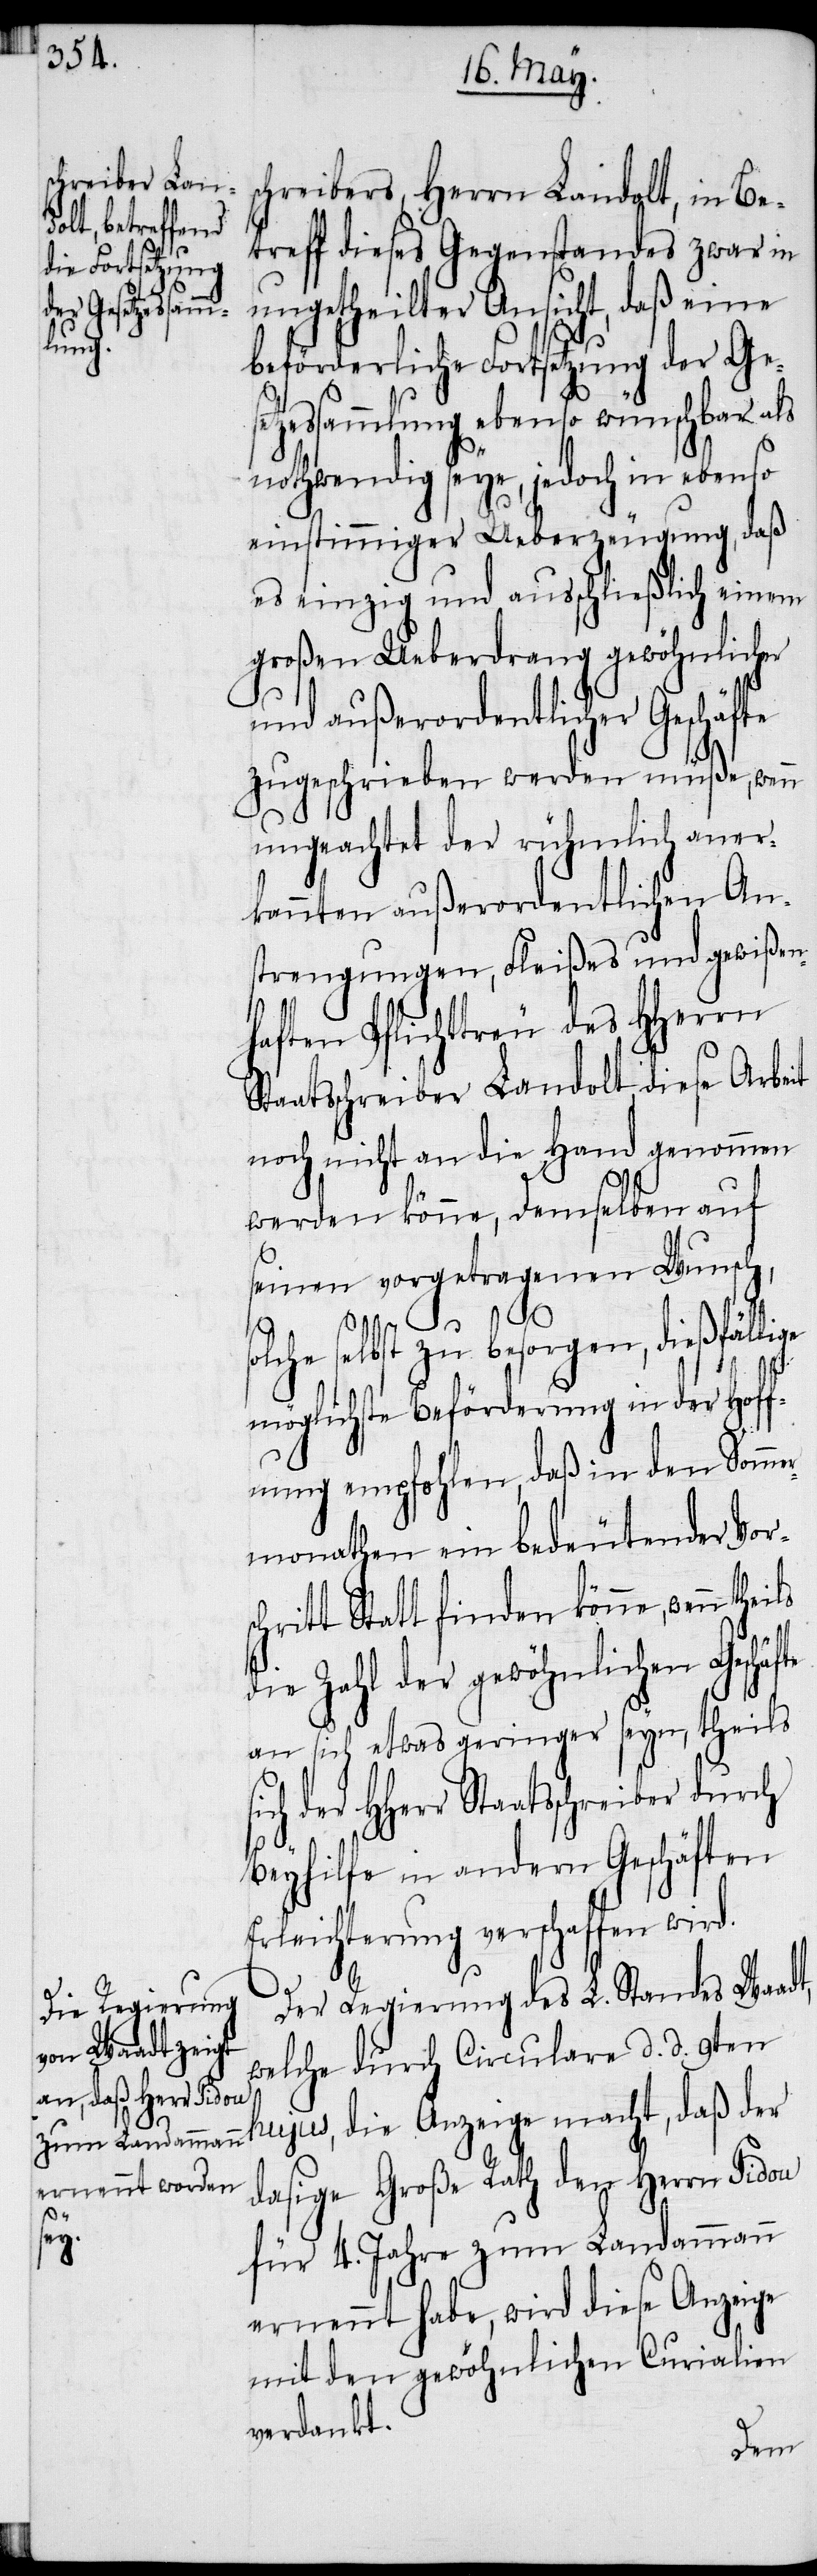
chreibers, Herrn Landolt, in Be¬
treff dieses Gegenstandes zwar in
ungetheilter Ansicht, daß eine
beförderliche Fortsetzung der Ge¬
essammlung ebenso wünschbar als
nothwendig seye, jedoch in ebenso
einstimmiger Ueberzeugung, daß
es einzig und ausschließlich einem
großen Ueberdrang gewöhnlicher
und außerordentlicher Geschäfte
zugeschrieben werden müße, wenn
ungeachtet der rühmlich aner¬
kannten außerordentlichen An¬
strengungen, Fleißes und gewißen¬
haften Pflichttreu des HHerrn
aatsschreiber Landolt, diese Arbeit
noch nicht an die Hand genommen
werden könne, Demselben auf
seinen vorgetragenen Wunsc¬
h,
äfte
olche selbst zu besorgen, dießfälli¬
möglichste Beförderung in der Hof¬
fnung empfohlen, daß in den Somm¬
ermonathen ein bedeutender Vor¬
ritt Statt finden könne, wenn
die Zahl der gewöhnlichen Gesch¬
an sich etwas geringer seyn, theils
der HHerr Staatsschreiber durch
Beyhilfe in andern Geschäften
Erleichterung verschaffen wird.
Der Regierung des L. Standes Waadt,
welche durch Circulare d. d. 9ten
hujus, die Anzeige macht, daß der
dasige Große Rath den Herrn Pidou
für 4. Jahre zum Landammann
ernennt habe, wird diese Anzeige
mit den gewöhnlichen Curialien
verdankt.
ge